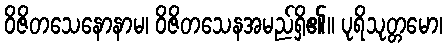
ဝိဇိတသေနောနာမ၊ ဝိဇိတသေနအမည်ရှိ၏။ ပုရိသုတ္တမော၊